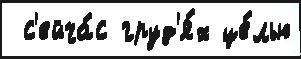
 с'ейча́с груд'я́х це́лью